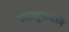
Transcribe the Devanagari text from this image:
मालुकवीनें